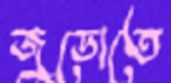
জুডোতে